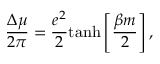
\frac { \Delta \mu } { 2 \pi } = \frac { e ^ { 2 } } { 2 } \mathrm { t a n h } \left[ \frac { \beta m } { 2 } \right] ,